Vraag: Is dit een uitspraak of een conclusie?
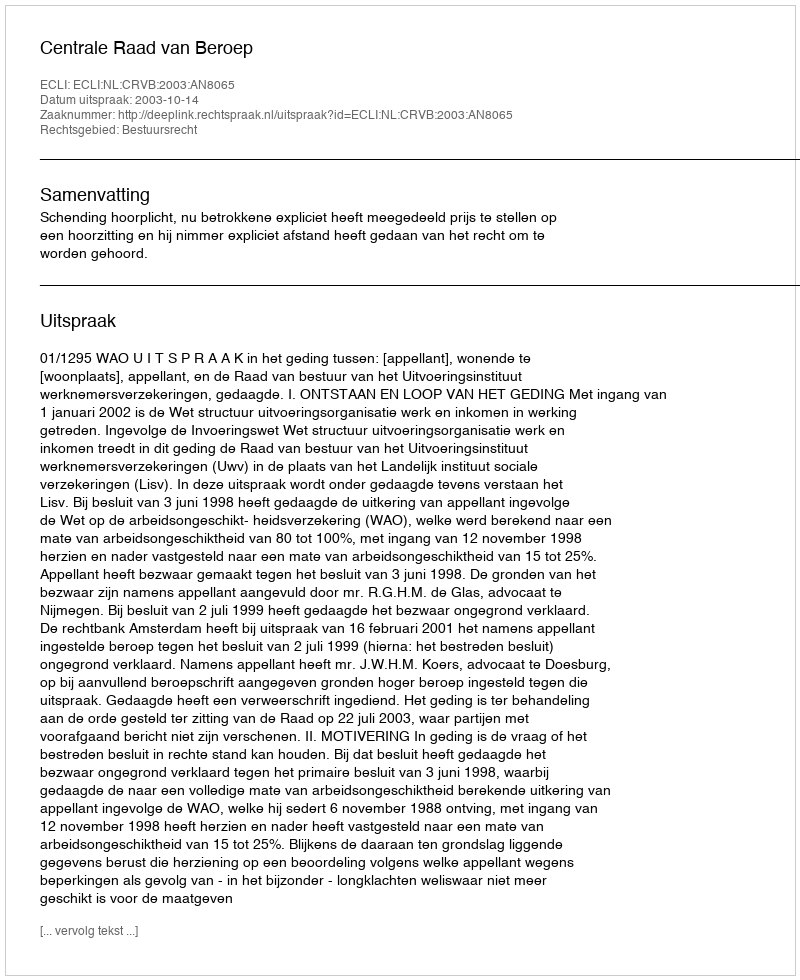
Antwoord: Uitspraak